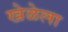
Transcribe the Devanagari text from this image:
खेळेला